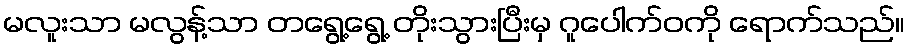
မလူးသာ မလွန့်သာ တရွေ့ရွေ့ တိုးသွားပြီးမှ ဂူပေါက်ဝကို ရောက်သည်။